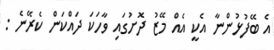
އެ ބޭފުޅުންނާ އެކީ އެއް މޭޒު ދޮށުގައި ވާހަކަ ދައްކަން ކެރޭނެ :